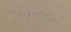
નિસાનનો